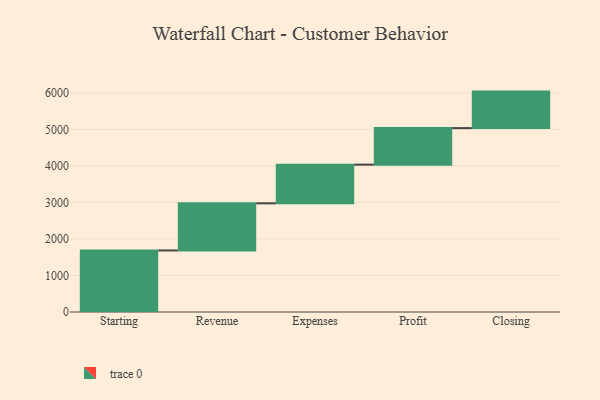
{"axis": {"x": "Step", "y": "Value"}, "legend": [""], "data": [{"x": "Starting", "y": 1685.0, "type": ""}, {"x": "Revenue", "y": 1291.0, "type": ""}, {"x": "Expenses", "y": 1059.0, "type": ""}, {"x": "Profit", "y": 1000, "type": ""}, {"x": "Closing", "y": 1000, "type": ""}]}